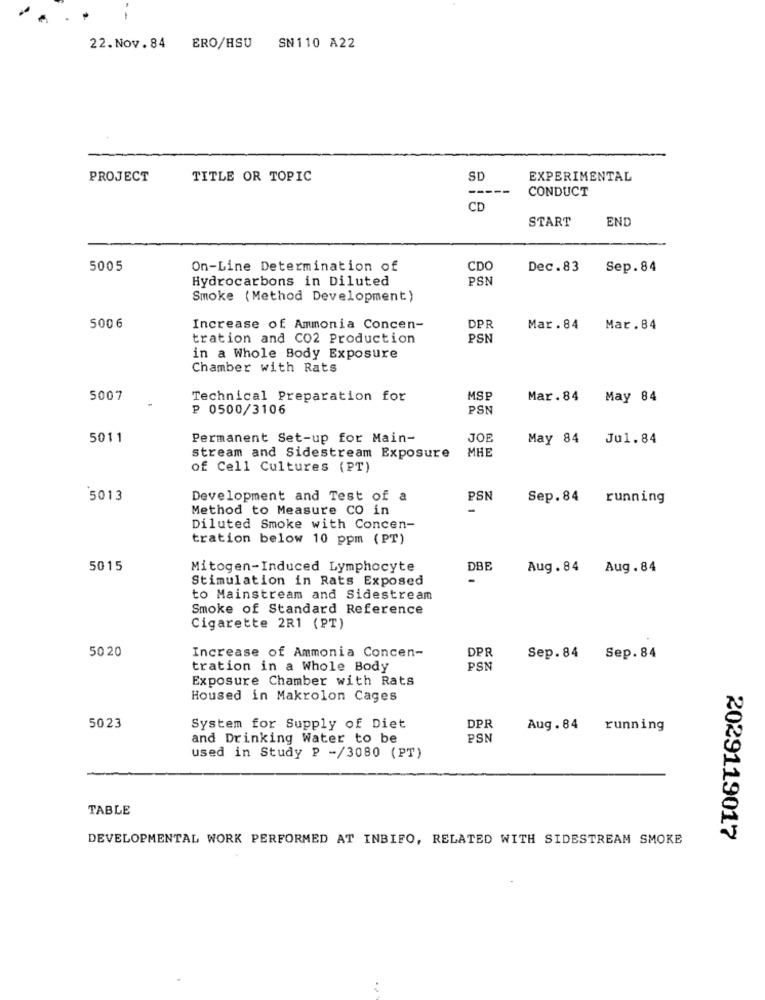
22. Nov.84
ERO/HSU
SN110 A22
PROJECT
TITLE OR TOPIC
SD
EXPERIMENTAL
-----
CONDUCT
CD
START
END
5005
On-Line Determination of
CDC
Dec.83 Sep.84
Hydrocarbons in Diluted
PSN
Smoke (Method Development)
5006
Increase of Ammonia Concen-
DPR
Mar. 84
Mar . 84
tration and CO2 Production
PSN
in a Whole Body Exposure
Chamber with Rats
5007
Technical Preparation for
MSP
Mar.84 May 84
P 0500/3106
PSN
5011
Permanent Set-up for Main-
JOE
May 84 Jul.84
MHE
stream and Sidestream Exposure
of Cell Cultures (PT)
5013
Development and Test of a
PSN
Sep.84 running
Method to Measure CO in
Diluted Smoke with Concen-
tration below 10 ppm (PT)
5015
Mitogen-Induced Lymphocyte
DBE
Aug. 84 Aug.84
Stimulation in Rats Exposed
to Mainstream and Sidestream
Smoke of Standard Reference
Cigarette 2R1 (PT)
Increase of Ammonia Concen-
DPR
50 20
Sep.84 Sep. 84
tration in a Whole Body
PSN
Exposure Chamber with Rats
Housed in Makrolon Cages
5023
System for Supply of Diet
DPR
Aug. 84
running
and Drinking Water to be
PSN
used in Study P -/3080 (PT)
TABLE
DEVELOPMENTAL WORK PERFORMED AT INBIFO, RELATED WITH SIDESTREAM SMOKE
2029119017